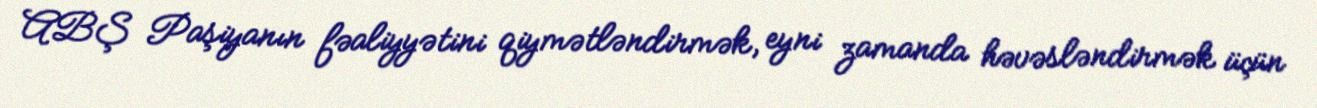
ABŞ Paşiyanın fəaliyyətini qiymətləndirmək, eyni zamanda həvəsləndirmək üçün